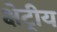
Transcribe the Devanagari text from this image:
क्षेट्रीय